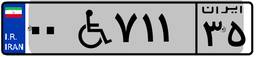
۰۰W۷۱۱۳۵